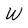
Character: W